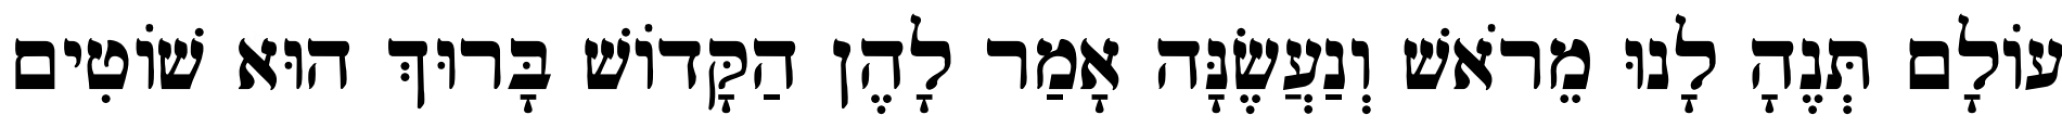
עוֹלָם תְּנֶהָ לָנוּ מֵרֹאשׁ וְנַעֲשֶׂנָּה אָמַר לָהֶן הַקָּדוֹשׁ בָּרוּךְ הוּא שׁוֹטִים